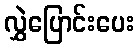
လွှဲပြောင်းပေး